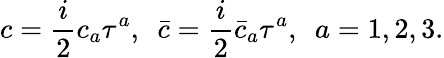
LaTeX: c=\frac{i}{2}c_{a}\tau^{a},~~\bar{c}=\frac{i}{2}\bar{c}_{a}\tau^{a},~~a=1,2,3.